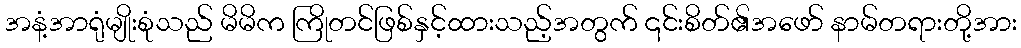
အနံ့အာရုံမျိုးစုံသည် မိမိက ကြိုတင်ဖြစ်နှင့်ထားသည့်အတွက် ၎င်းစိတ်၏အဖော် နာမ်တရားတို့အား